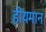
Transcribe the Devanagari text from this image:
हीयमान